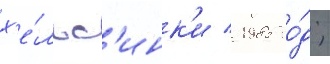
х'е́льс'инк'и / 1985 го́д;